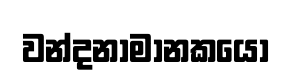
වන්දනාමානකයෝ